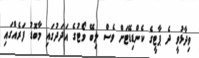
ވިދާޅުވީ ދެ ޕާޓީގެ ކެންޑިޑޭޓަށް ވެސް ލިބޭ ވޯޓުގެ އަދަދުގައި މާބޮޑު ފަރެއްގައި